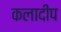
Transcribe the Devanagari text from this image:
कलादीप